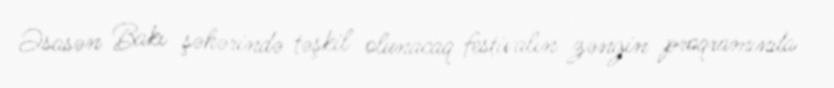
Əsasən Bakı şəhərində təşkil olunacaq festivalın zəngin proqramında